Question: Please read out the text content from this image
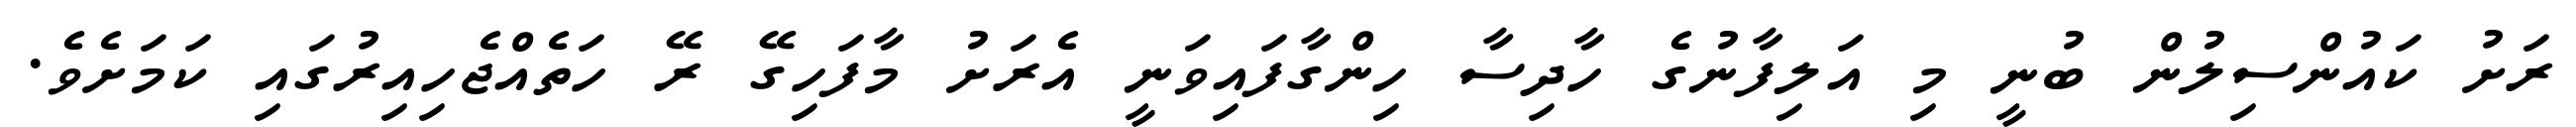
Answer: ރަށު ކައުންސިލުން ބުނީ މި އަލިފާނުގެ ހާދިސާ ހިންގާފައިވަނީ އެރަށު މާފަހިގޭ ރޭ ހަތެއްޖެހިއިރުގައި ކަމަށެވެ.